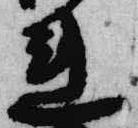
連